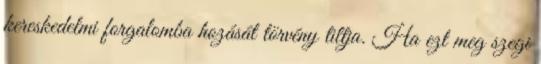
kereskedelmi forgalomba hozását törvény tiltja. Ha ezt meg szegi